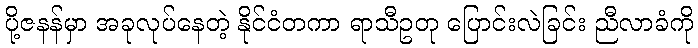
ပို့ဇနန်မှာ အခုလုပ်နေတဲ့ နိုင်ငံတကာ ရာသီဥတု ပြောင်းလဲခြင်း ညီလာခံကို